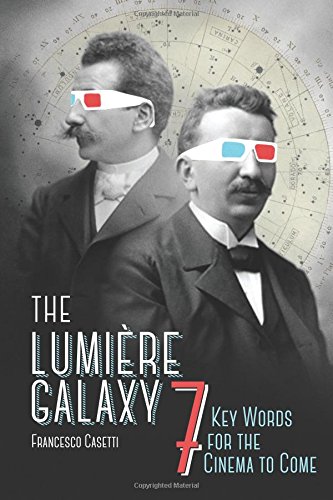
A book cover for The LumiÃ¨re Galaxy: Seven Key Words for the Cinema to Come (Film and Culture Series); Francesco Casetti; Humor & Entertainment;